Annual returns of the Patna Lunatic Asylum at Bankipore in Bihar and Orissa - 1912-1924
Year: 1912
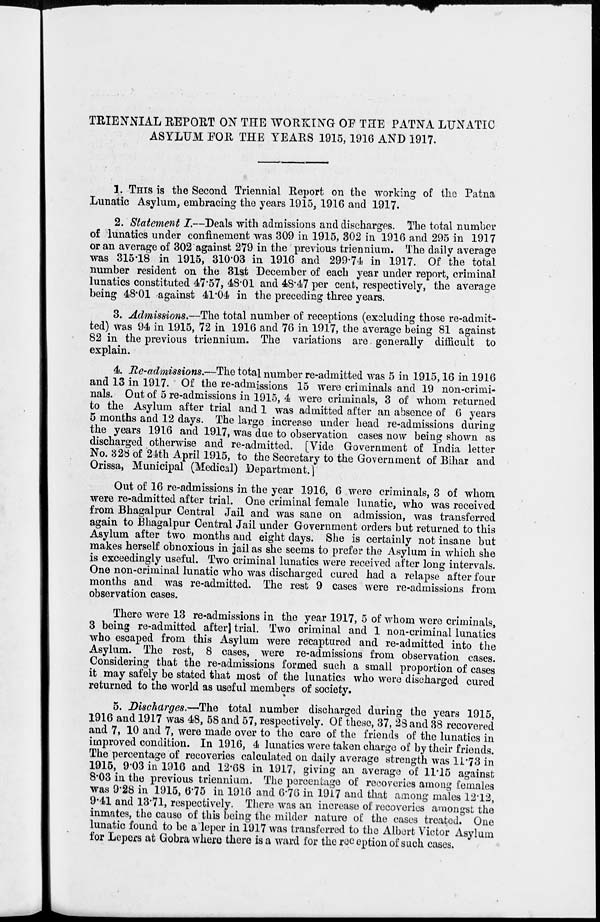
TRIENNIAL REPORT ON THE WORKING OF THE PATNA LUNATIC
ASYLUM FOR THE YEARS 1915, 1916 AND 1917.
1. THIS is the Second Triennial Report on the working of the Patna
Lunatic Asylum, embracing the years 1915, 1916 and 1917.
2. Statement I.—Deals with admissions and discharges. The total number
of lunatics under confinement was 309 in 1915, 302 in 1916 and 295 in 1917
or an average of 302 against 279 in the previous triennium. The daily average
was 315.18 in 1915, 310.03 in 1916 and 299.74 in 1917. Of the total
number resident on the 31st December of each year under report, criminal
lunatics constituted 47.57, 48.01 and 48.47 per cent, respectively, the average
being 48.01 against 41.04 in the preceding three years.
3. Admissions.—The total number of receptions (excluding those re-admit-
ted) was 94 in 1915, 72 in 1916 and 76 in 1917, the average being 81 against
82 in the previous triennium. The variations are generally difficult to
explain.
4. Re-admissions.—The total number re-admitted was 5 in 1915,16 in 1916
and 13 in 1917. Of the re-admissions 15 were criminals and 19 non-crimi-
nals. Out of 5 re-admissions in 1915, 4 were criminals, 3 of whom returned
to the Asylum after trial and 1 was admitted after an absence of 6 years
5 months and 12 days. The large increase under head re-admissions during
the years 1916 and 1917, was due to observation cases now being shown as
discharged otherwise and re-admitted. [Vide Government of India letter
No. 328 of 24th April 1915, to the Secretary to the Government of Bihar and
Orissa, Municipal (Medical) Department.]
Out of 16 re-admissions in the year 1916, 6 were criminals, 3 of whom
were re-admitted after trial. One criminal female lunatic, who was received
from Bhagalpur Central Jail and was sane on admission, was transferred
again to Bhagalpur Central Jail under Government orders but returned to this
Asylum after two months and eight days. She is certainly not insane but
makes herself obnoxious in jail as she seems to prefer the Asylum in which she
is exceedingly useful. Two criminal lunatics were received after long intervals.
One non-criminal lunatic who was discharged cured had a relapse after four
months and was re-admitted. The rest 9 cases were re-admissions from
observation cases.
There were 13 re-admissions in the year 1917, 5 of whom were criminals,
3 being re-admitted after trial. Two criminal and 1 non-criminal lunatics
who escaped from this Asylum were recaptured and re-admitted into the
Asylum. The rest, 8 cases, were re-admissions from observation cases.
Considering that the re-admissions formed such a small proportion of cases
it may safely be stated that most of the lunatics who were discharged cured
returned to the world as useful members of society.
5. Discharges.—The total number discharged during the years 1915,
1916 and 1917 was 48, 58 and 57, respectively. Of these, 37, 28 and 38 recovered
and 7, 10 and 7, were made over to the care of the friends of the lunatics in
improved condition. In 1916, 4 lunatics were taken charge of by their friends.
The percentage of recoveries calculated on daily average strength was 11.73 in
1915, 9.03 in 1916 and 12.68 in 1917, giving an average of 11.15 against
8.03 in the previous triennium. The percentage of recoveries among females
was 9.28 in 1915, 6.75 in 1916 and 6.76 in 1917 and that among males 12.12,
9.41 and 13.71, respectively. There was an increase of recoveries amongst the
inmates, the cause of this being the milder nature of the cases treated. One
lunatic found to be a leper in 1917 was transferred to the Albert Victor Asylum
for Lepers at Gobra where there is a ward for the reception of such cases.